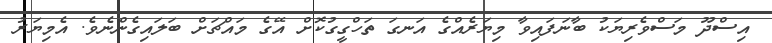
އިސްދޫ މަސްވެރިޔަކު ބާނަފައިވާ މިޔަރެއްގެ އަނގަ ތަހްގީގުކޮށް އޭގެ މައްޗަށް ބަލައިގެންނެވެ. އެމިޔަރު